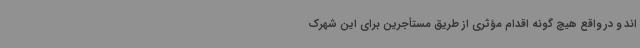
اند و در واقع هیچ گونه اقدام مؤثری از طریق مستأجرین برای این شهرک